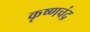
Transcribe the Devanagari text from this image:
कृष्‍णचंद्र